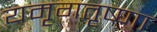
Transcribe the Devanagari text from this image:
यमृगतृष्णा